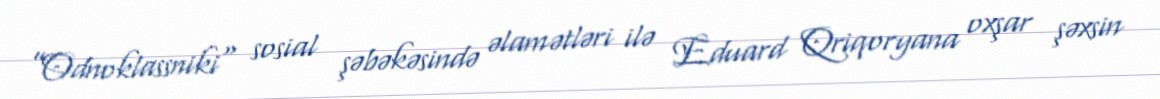
”Odnoklassniki" sosial şəbəkəsində əlamətləri ilə Eduard Qriqoryana oxşar şəxsin